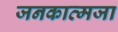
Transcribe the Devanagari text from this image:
जनकात्मजा